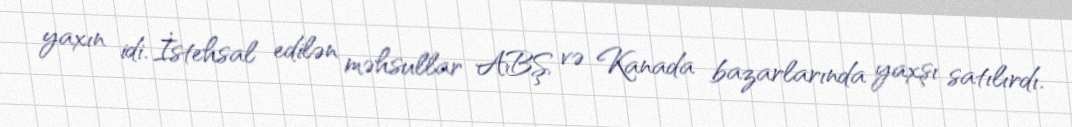
yaxın idi. İstehsal edilən məhsullar ABŞ və Kanada bazarlarında yaxşı satılırdı.